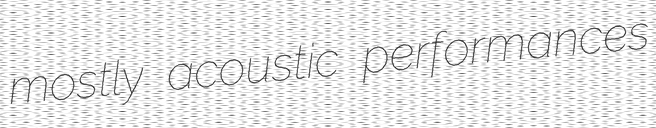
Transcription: mostly acoustic performances